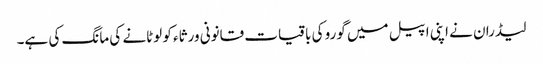
لیڈران نے اپنی اپیل میں گورو کی باقیات قانونی ورثاء کو لوٹانے کی مانگ کی ہے۔